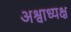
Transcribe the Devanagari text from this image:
अश्वाध्यक्ष